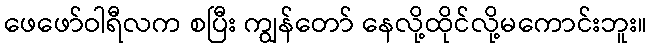
ဖေဖော်ဝါရီလက စပြီး ကျွန်တော် နေလို့ထိုင်လို့မကောင်းဘူး။